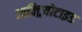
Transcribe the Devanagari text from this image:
आक्ट्रियोटाइड